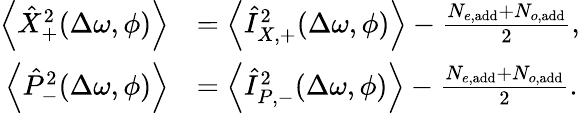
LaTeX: \begin{array}{rl}{\left<{\hat{X}_{+}^{2}}(\Delta\omega,\phi)\right>}&{=\left<{\hat{I}_{X,+}^{2}}(\Delta\omega,\phi)\right>-\frac{N_{e,\mathrm{add}}+N_{o,\mathrm{add}}}{2},}\\ {\left<{\hat{P}_{-}^{2}}(\Delta\omega,\phi)\right>}&{=\left<{\hat{I}_{P,-}^{2}}(\Delta\omega,\phi)\right>-\frac{N_{e,\mathrm{add}}+N_{o,\mathrm{add}}}{2}.}\end{array}